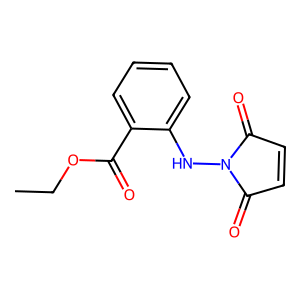
SMILES: CCOC(=O)c1ccccc1NN1C(=O)C=CC1=O
Inhibits HIV replication: No